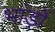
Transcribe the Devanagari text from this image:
भांड़ों